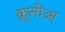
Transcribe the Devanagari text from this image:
क्रूनीआ